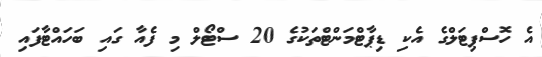
އެ ހޮސްޕިޓަލްގެ އެކި ޑިޕާޓްމަންޓްތަކުގެ 20 ސްޓޯލް މި ފެއާ ގައި ބަހައްޓާފައި